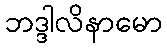
ဘဒ္ဒါလိနာမော